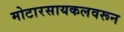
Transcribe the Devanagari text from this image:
मोटारसायकलवरून